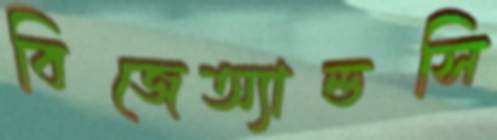
বিজেঅ্যান্ডসি